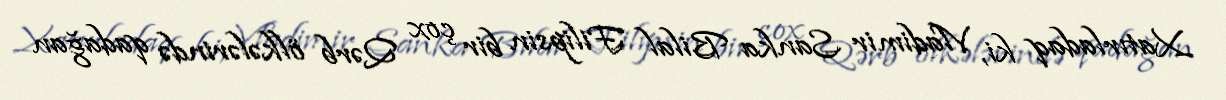
Xatırladaq ki, Vladimir Sanka Bilal Filipsin bir çox Qərb ölkələrində qadağan